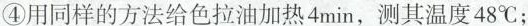
④用同样的方法给色拉油加热4min，测其温度48℃；